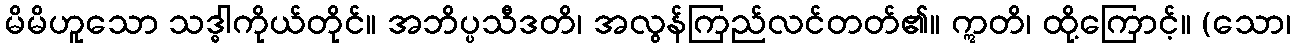
မိမိဟူသော သဒ္ဓါကိုယ်တိုင်။ အဘိပ္ပသီဒတိ၊ အလွန်ကြည်လင်တတ်၏။ ဣတိ၊ ထို့ကြောင့်။ (သော၊